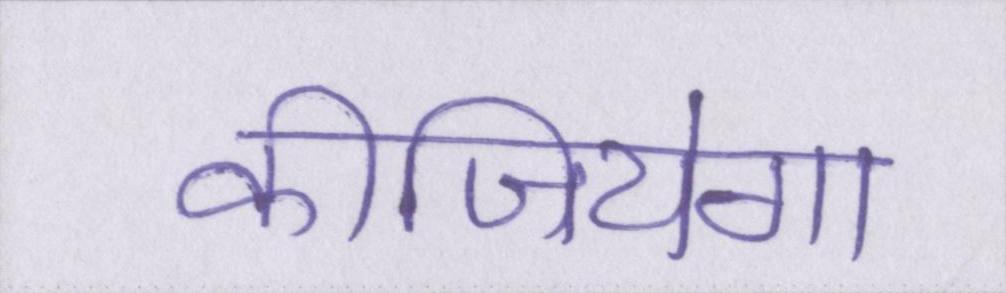
कीजियेगा